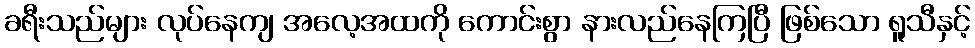
ခရီးသည်များ လုပ်နေကျ အလေ့အထကို ကောင်းစွာ နားလည်နေကြပြီ ဖြစ်သော ရူသီနှင့်